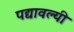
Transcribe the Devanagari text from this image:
पद्यावल्यी